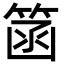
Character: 䈄